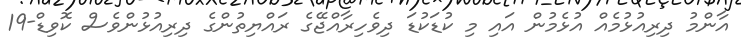
އާންމު ދިރިއުޅުމެއް އުޅެމުން އައި މި ކުޑަކުޑަ ދިވެހިރާއްޖޭގެ ރައްޔިތުންގެ ދިރިއުޅުންވެސް ކޮވިޑް-19